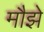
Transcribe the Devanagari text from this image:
मौझे